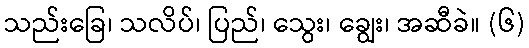
သည်းခြေ၊ သလိပ်၊ ပြည်၊ သွေး၊ ချွေး၊ အဆီခဲ။ (၆)